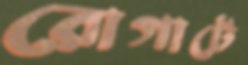
রোগাটে